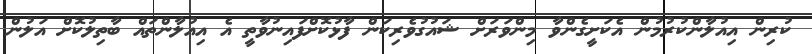
ކުރިން އިއުލާންކުރުމުން އެކަށީގެންވާ މިންވަރަށް ޝައުގުވެރިކަން ފާޅުކޮށްފައިނުވާތީ އެ އިއުލާންތައް ބާތިލުކޮށް އަލުން